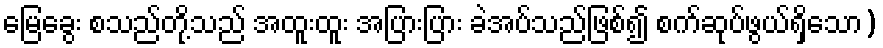
မြေခွေး စသည်တို့သည် အထူးထူး အပြားပြား ခဲအပ်သည်ဖြစ်၍ စက်ဆုပ်ဖွယ်ရှိသော)